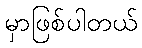
မှာဖြစ်ပါတယ်